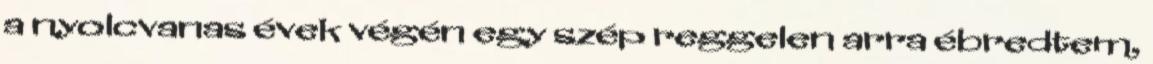
a nyolcvanas évek végén egy szép reggelen arra ébredtem,